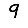
Digit: 9